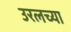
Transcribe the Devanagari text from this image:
उरलच्या